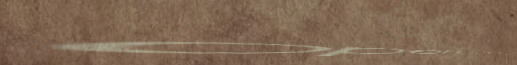
open 24 hours